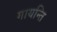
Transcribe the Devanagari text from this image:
गायन्ति